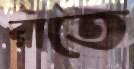
রাতে